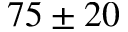
7 5 \pm 2 0